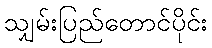
သျှမ်းပြည်တောင်ပိုင်း